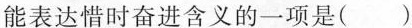
能表达惜时奋进含义的一项是( )